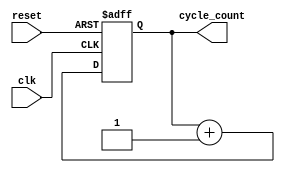
module clock_cycle_initialization (
    input wire clk,          // Periodic clock signal
    input wire reset,        // Control signal for initialization
    output reg [31:0] cycle_count // Register to hold the clock cycle count
);

// Always block triggered on the rising edge of the clock or reset
always @(posedge clk or posedge reset) begin
    if (reset) begin
        // Reset the cycle count to zero
        cycle_count <= 32'b0;
    end else begin
        // Increment the cycle count on each clock cycle when not in reset
        cycle_count <= cycle_count + 1;
    end
end

endmodule